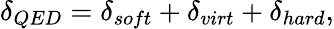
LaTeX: \delta_{QED}=\delta_{soft}+\delta_{virt}+\delta_{hard},